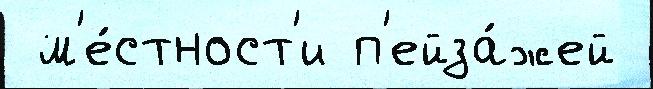
 м'е́стност'и п'ейза́жей